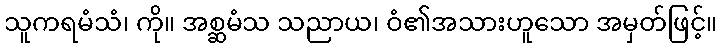
သူကရမံသံ၊ ကို။ အစ္ဆမံသ သညာယ၊ ဝံ၏အသားဟူသော အမှတ်ဖြင့်။